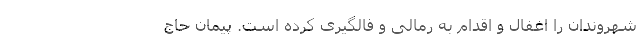
شهروندان را اغفال و اقدام به رمالی و فالگیری کرده است. پیمان حاج‌